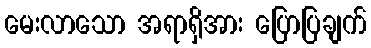
မေးလာသော အရာရှိအား ပြောပြချက်